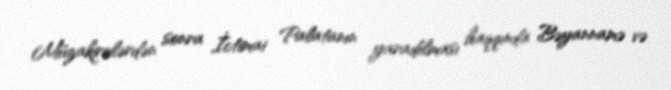
Müzakirələrdən sonra İctimai Palatanın yaradılması haqqında Bəyannamə və